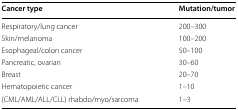
<table><thead><tr><td><b>Cancer type</b></td><td><b>Mutation/tumor</b></td></tr></thead><tbody><tr><td>Respiratory/lung cancer</td><td>200–300</td></tr><tr><td>Skin/melanoma</td><td>100–200</td></tr><tr><td>Esophageal/colon cancer</td><td>50–100</td></tr><tr><td>Pancreatic, ovarian</td><td>30–60</td></tr><tr><td>Breast</td><td>20–70</td></tr><tr><td>Hematopoietic cancer</td><td>1–10</td></tr><tr><td>(CML/AML/ALL/CLL) rhabdo/myo/sarcoma</td><td>1–3</td></tr></tbody></table>